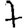
Digit: 7